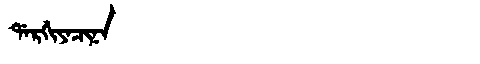
Manchu: ᡩᠠᡵᡤᡳᠶᠠᠴᡳᠨᠠ
Romanization: DARGIYACINA